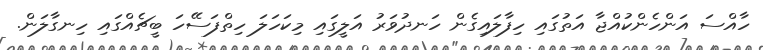
ހާއްސަ އަންހެންކުއްޖާ އަތުގައި ހިފާލައިގެން ހަނދުވަރު އަލީގައި މިކަހަލަ ހިތްފަސޭހަ ބީޗެއްގައި ހިނގާލަން.